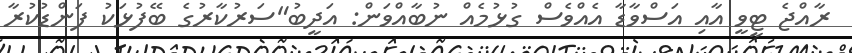
ރާއްޖެ ޓީވީ އާއި އަސްވާޑާ އެއްވެސް ގުޅުމެއް ނުބާއްވަން: އަދީބު"ސަރުކާރުގެ ބޭފުޅަކު ފަންޑުކުރާ